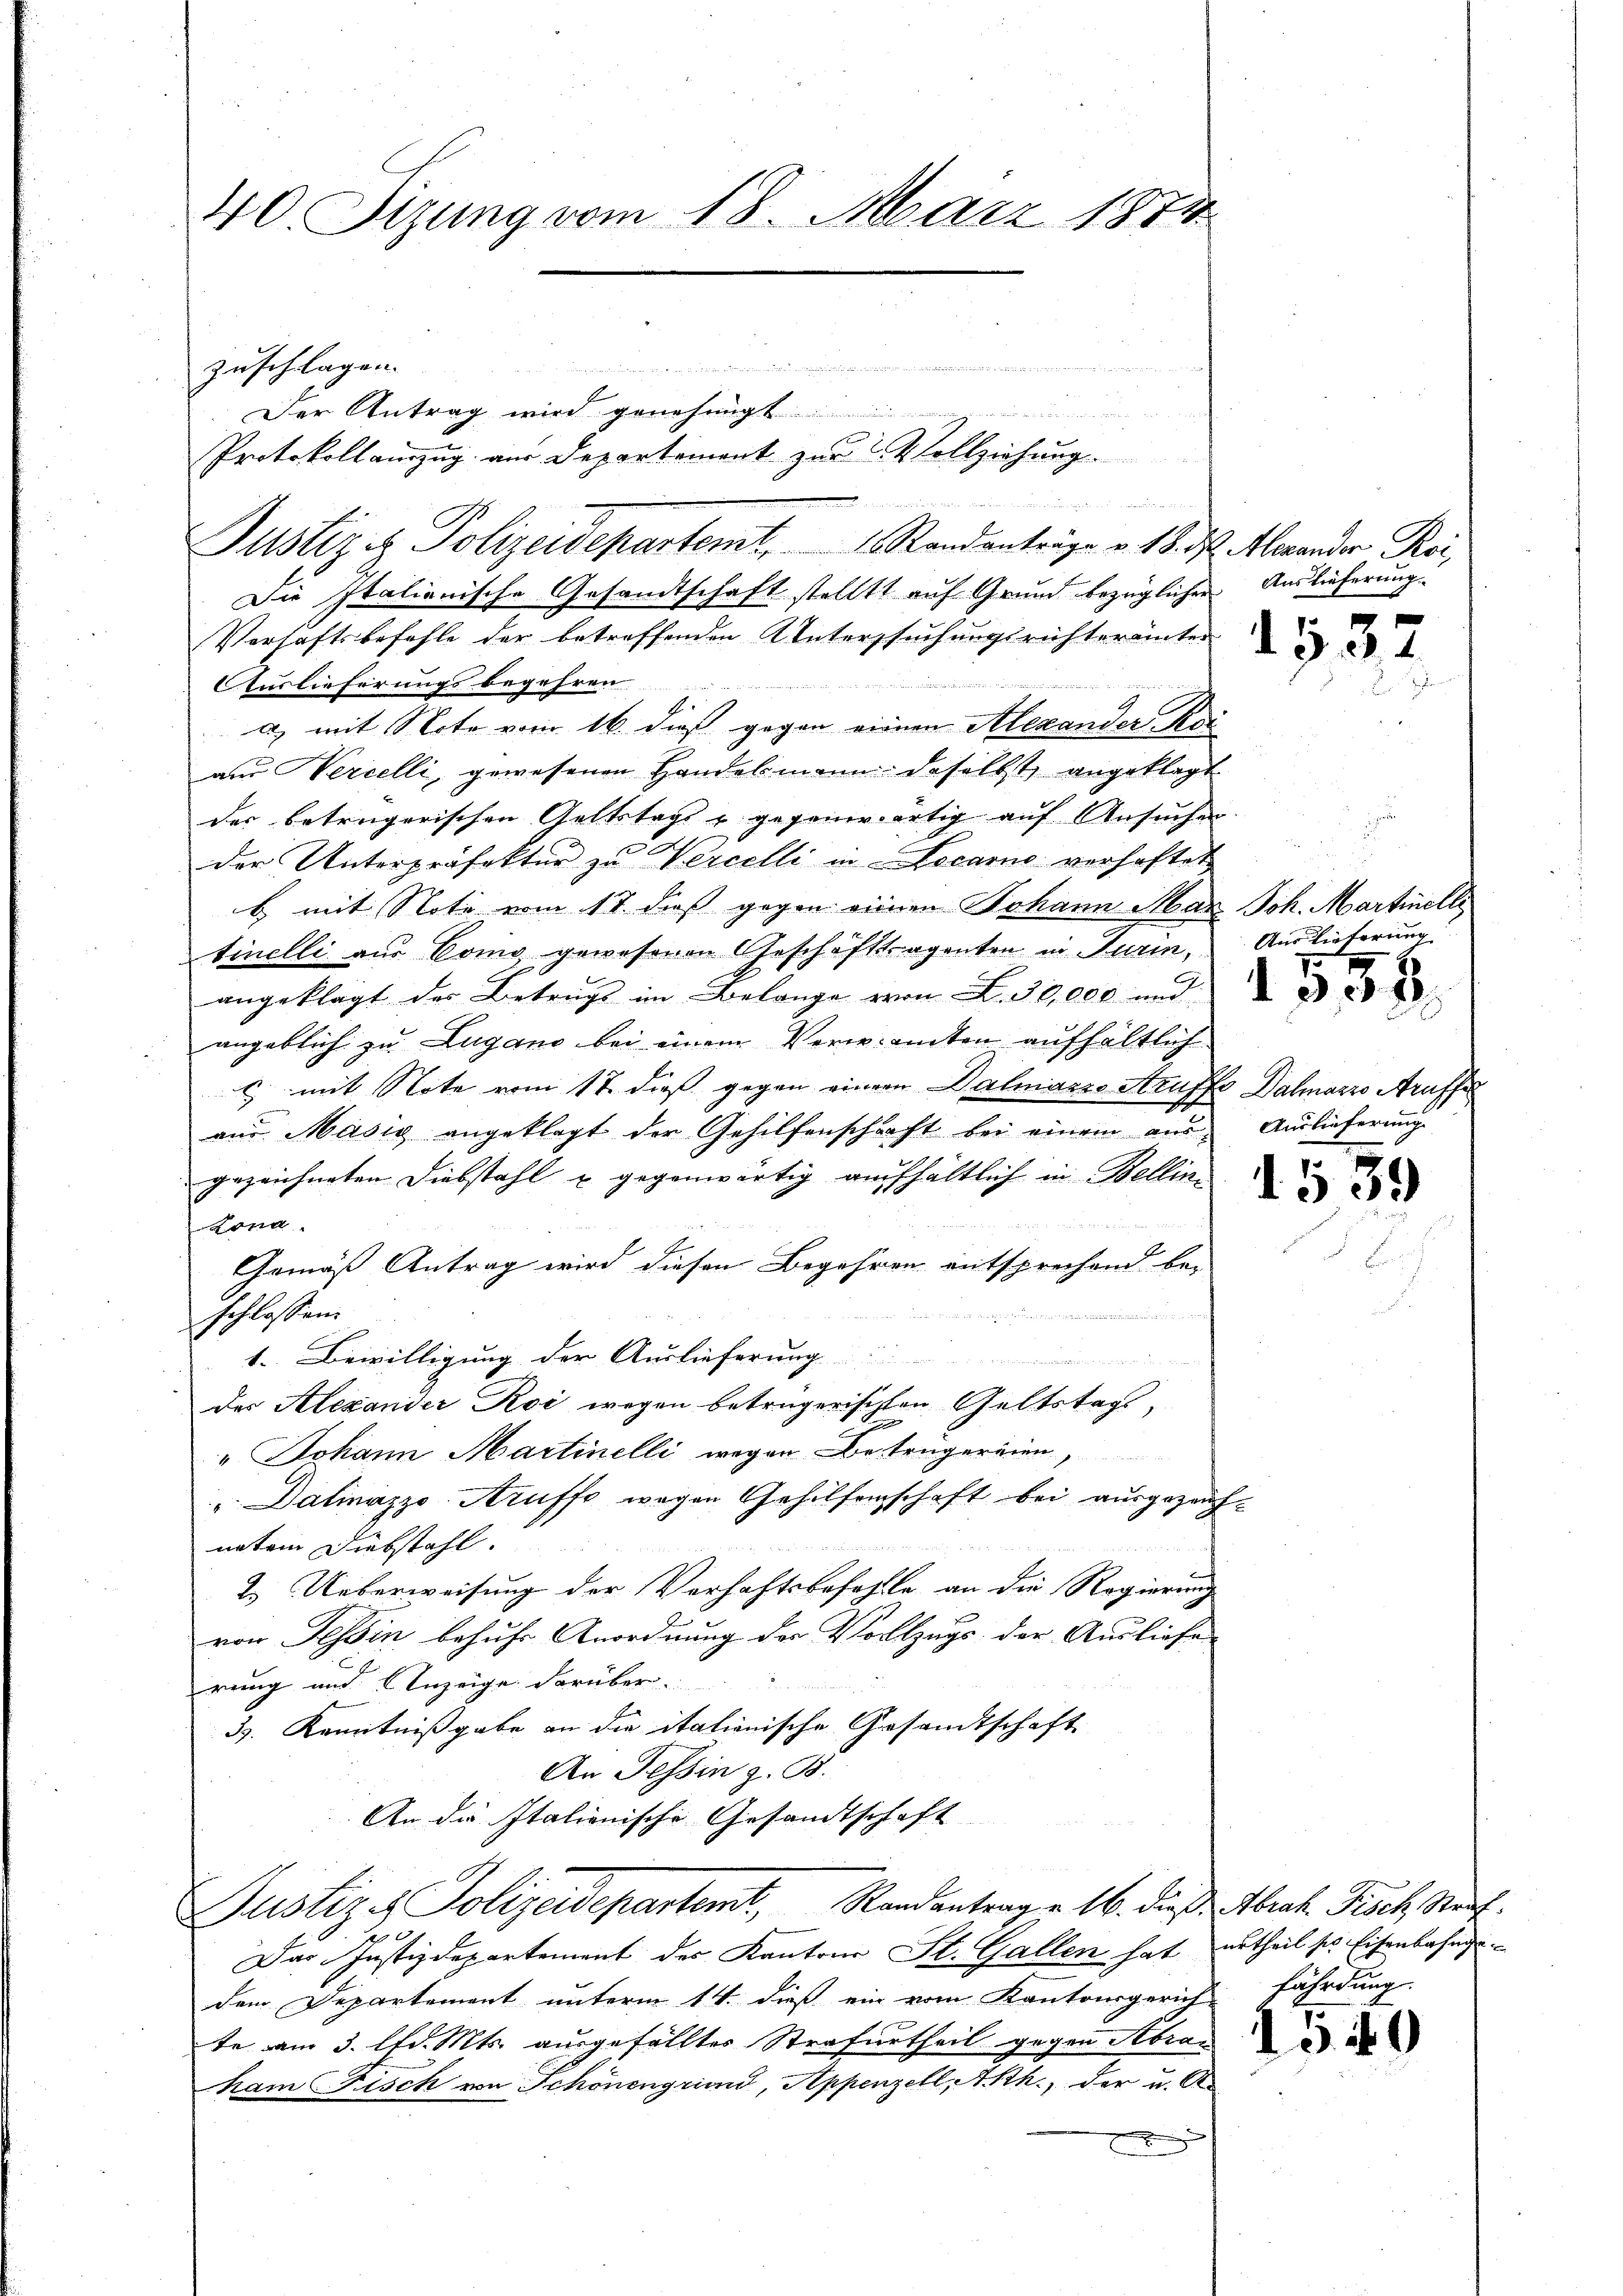
40. Sizung vom 18. März 1874

denselnde in mir ihr den an die von
1

Justiz & Polizeidepartemt. Standanträge v. 18. d. Merander Rei
Die Italienische Gesandtschaft stelltt auf Grund bezüglichen Auslieferung.
Verhaftsbefehle der betreffenden Untersuchungsrichter unter
Auslieferungsbegehren.
a) mit Note vom 16. dieß gegen einen Alexander Kai
ans Hercelli, gewesenen Handelmann daselbst angeklagt
der betrügerischen Geltstags u gegenwärtig auf Ansuchen.
t
der Unterpräfektur zu Wercelli in Locarno verhaftet
b mit Note vom 17. dieß gegen einen Johann Mar
tinelli aus Como gewesenen Geschäftsagenten in Turin,
angeklagt der Betrugs im Belange von L. 30,000 und
angeblich zu Lugano bei einem Verwandten aufhältlich
 mit Note vom 18. dieß gegen einem Dalmanio Aruffe Dalmazzo Araffe
aus Masis angeklagt der Gehilfenschaft bei einem ausgezeichneten Diebstahl u. gegenwärtig aufhältlich in Bellin
Lona.
Gemäß Antrag wird diesen Begehren entsprechend be-
schlossen.
1. Bewilligung der Auslieferung
der Alexander Roi wegen beträgerischen Geltstags,
" Johann Martinelli wegen Betrügereien,
"Datinazzo-Aruffs wegen Gehilfenschaft bei ausgezeug
naten Diebstahl.
2. Ueberweisung der Verhaftsbefehle an die Regierung
von Tessin behufs Anordnung der Vollzugs der Ausliefe
rung und Anzeige darüber.
3. Kenntnißgabe an die italienische Gesandtschaft
An Tessin z. B.
An die Italienische Gesandtschaft
Justizes Polizeidepartemt, Randantrag v. 16. dieß. Abrah Fisch Straf.
Das Justizdepartement des Kantons St. Gallen hat ertheil ses Eisenbahngedem Departement unterm 14. dieß ein vom Kantonsgerich fährdung
te am 3. lfd. Mts. ausgefälltes Strafurtheil gegen Abran
kam Fisch von Schönengrund, Appenzell A.Rh., der u. A

zuschlagen.

Der Antrag wird genehmigt.
Protokollauszug aus Departement zur Vollziehung

e

1537

Joh. Martinelle
Aus Tieferung
308.

2

Auslieferung.

1539

40